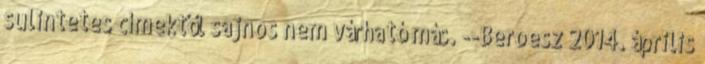
sulintetes címektől sajnos nem várható más. --Beroesz 2014. április